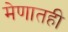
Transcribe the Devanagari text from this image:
मेणातही